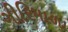
ગીરિમાળા